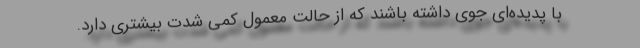
با پدیده‌ای جوی داشته باشند که از حالت معمول کمی شدت بیشتری دارد.